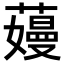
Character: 𬞽